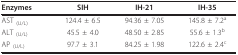
<table><thead><tr><td><b>Enzymes</b></td><td><b>SIH</b></td><td><b>IH-21</b></td><td><b>IH-35</b></td></tr></thead><tbody><tr><td>AST <sub>(U/L)</sub></td><td>124.4 ± 6.5</td><td>94.36 ± 7.05</td><td>145.8 ± 7.2<sup>a</sup></td></tr><tr><td>ALT <sub>(U/L)</sub></td><td>45.5 ± 4.0</td><td>48.50 ± 2.85</td><td>55.6 ± 1.3<sup>b</sup></td></tr><tr><td>AP <sub>(U/L)</sub></td><td>97.7 ± 3.1</td><td>84.25 ± 1.98</td><td>122.6 ± 2.4<sup>c</sup></td></tr></tbody></table>